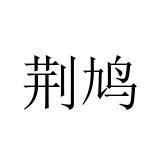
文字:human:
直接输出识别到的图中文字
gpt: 荆鸠